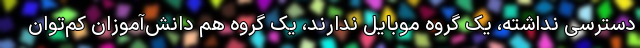
دسترسی نداشته، یک گروه موبایل ندارند، یک گروه هم دانش‌آموزان کم‌توان